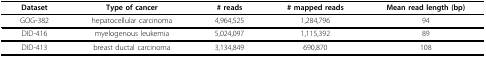
| Dataset | Type of cancer | # reads | # mapped reads | Mean read length (bp) |
 | --- | --- | --- | --- | --- |
 | GOG-382 | hepatocellular carcinoma | 4,964,525 | 1,284,796 | 94 |
 | DID-416 | myelogenous leukemia | 5,024,097 | 1,115,392 | 89 |
 | DID-413 | breast ductal carcinoma | 3,134,849 | 690,870 | 108 |